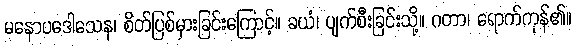
မနောပဒေါသေန၊ စိတ်ပြစ်မှားခြင်းကြောင့်။ ခယံ၊ ပျက်စီးခြင်းသို့။ ဂတာ၊ ရောက်ကုန်၏။